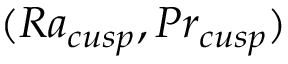
( R a _ { c u s p } , P r _ { c u s p } )